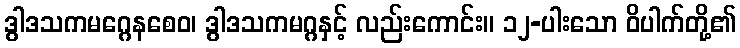
ဒွါဒသကမဂ္ဂေနစေဝ၊ ဒွါဒသကမဂ္ဂနှင့် လည်းကောင်း။ ၁၂-ပါးသော ဝိပါက်တို့၏